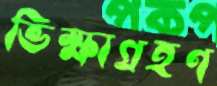
ভিক্ষাগ্রহণ